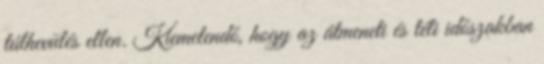
túlhevülés ellen. Kiemelendő, hogy az átmeneti és téli időszakban